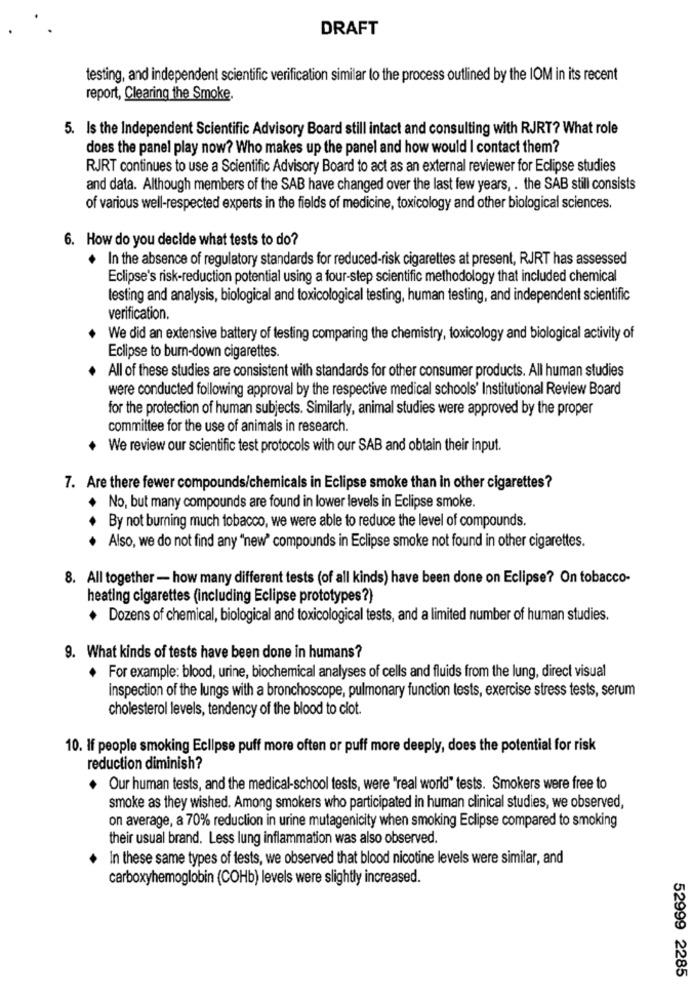
DRAFT
testing, and independent scientific verification similar to the process outlined by the IOM in its recent
report, Clearing the Smoke.
5. Is the Independent Scientific Advisory Board still intact and consulting with RJRT? What role
does the panel play now? Who makes up the panel and how would I contact them?
RJRT continues to use a Scientific Advisory Board to act as an external reviewer for Eclipse studies
and data. Although members of the SAB have changed over the last few years, . the SAB still consists
of various well-respected experts in the fields of medicine, toxicology and other biological sciences.
6. How do you decide what tests to do?
In the absence of regulatory standards for reduced-risk cigarettes at present, RJRT has assessed
Eclipse's risk-reduction potential using a four-step scientific methodology that included chemical
testing and analysis, biological and toxicological testing, human testing, and independent scientific
verification.
We did an extensive battery of testing comparing the chemistry, toxicology and biological activity of
Eclipse to burn-down cigarettes.
All of these studies are consistent with standards for other consumer products. All human studies
were conducted following approval by the respective medical schools' Institutional Review Board
for the protection of human subjects. Similarly, animal studies were approved by the proper
committee for the use of animals in research.
+ We review our scientific test protocols with our SAB and obtain their input.
7. Are there fewer compounds/chemicals in Eclipse smoke than in other cigarettes?
No, but many compounds are found in lower levels in Eclipse smoke.
By not burning much tobacco, we were able to reduce the level of compounds.
.
+ Also, we do not find any "new" compounds in Eclipse smoke not found in other cigarettes.
8. All together - how many different tests (of all kinds) have been done on Eclipse? On tobacco-
heating cigarettes (including Eclipse prototypes?)
+ Dozens of chemical, biological and toxicological tests, and a limited number of human studies.
9. What kinds of tests have been done in humans?
For example: blood, urine, biochemical analyses of cells and fluids from the lung, direct visual
inspection of the lungs with a bronchoscope, pulmonary function tests, exercise stress tests, serum
cholesterol levels, tendency of the blood to clot.
10. If people smoking Eclipse puff more often or puff more deeply, does the potential for risk
reduction diminish?
Our human tests, and the medical-school tests, were "real world" tests. Smokers were free to
smoke as they wished. Among smokers who participated in human clinical studies, we observed,
on average, a 70% reduction in urine mutagenicity when smoking Eclipse compared to smoking
their usual brand. Less lung inflammation was also observed.
In these same types of tests, we observed that blood nicotine levels were similar, and
carboxyhemoglobin (COHb) levels were slightly increased.
52999 2285